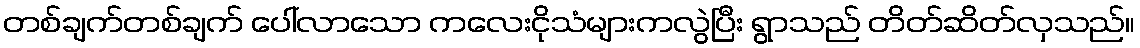
တစ်ချက်တစ်ချက် ပေါ်လာသော ကလေးငိုသံများကလွဲပြီး ရွာသည် တိတ်ဆိတ်လှသည်။